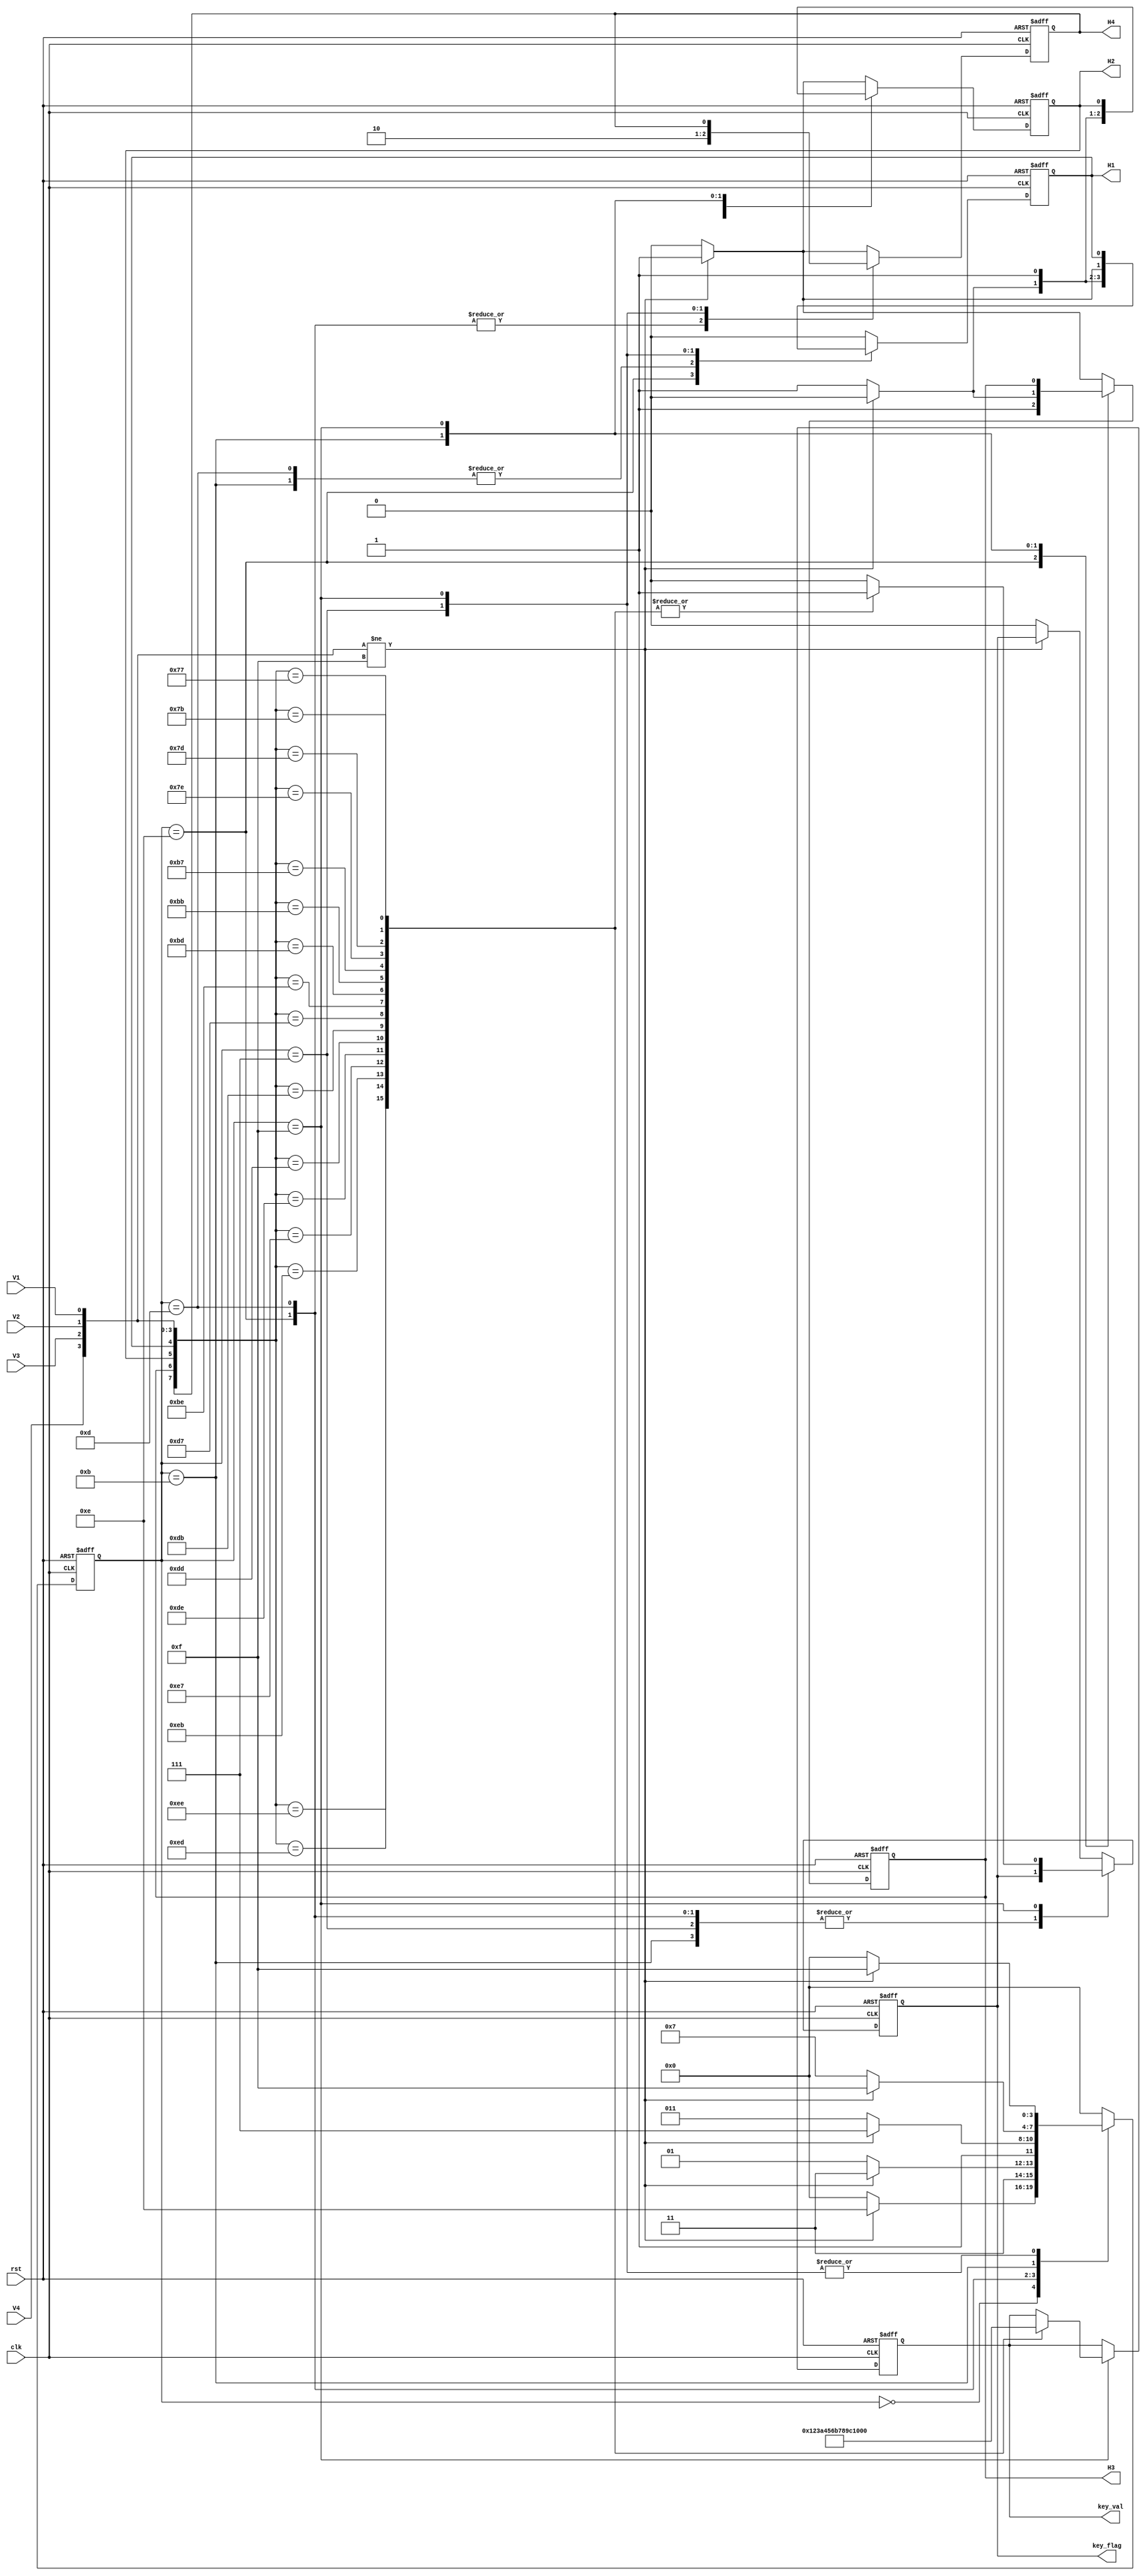
`timescale 1ns / 1ps
//////////////////////////////////////////////////////////////////////////////////
// Company: 
// Engineer: 
// 
// Design Name: 
// Module Name: Key_Driver
// Project Name: 
// Target Devices: 
// Tool Versions: 
// Description: 
// 
// Dependencies: 
// 
// Revision:
// Revision 0.01 - File Created
// Additional Comments:
// 
//////////////////////////////////////////////////////////////////////////////////


module Key_Driver(
    input   wire        clk, //250Hz
    input   wire        rst,
    input   wire        V1,V2,V3,V4,
    output  reg         H1,H2,H3,H4,
    output  reg [3:0]   key_val,
    output  reg         key_flag
);
wire rst_n = ~rst;
//?
wire key_clk  = clk;

//62.5Hz FreqDiv
//reg [1:0] cnt; 
//always @ (posedge clk, negedge rst_n)
//  if (!rst_n)
//    cnt <= 0;
//  else
//    cnt <= cnt + 1'b1;
//wire key_clk = cnt[1];  //62.5Hz

//100MHz test
//reg [20:0] cnt;
//always @ (posedge clk, negedge rst_n)
//  if (!rst_n)
//    cnt <= 0;
//  else
//    cnt <= cnt + 1'b1;
//wire key_clk = cnt[20];  //62.5Hz

//?
parameter SCAN_H1      = 4'b1110;  // ?1?
parameter SCAN_H2      = 4'b1101;  // ?2?
parameter SCAN_H3      = 4'b1011;  // ?3?
parameter SCAN_H4      = 4'b0111;  // ?4?
parameter NO_KEY_PRESSED = 4'b0000;  //  
parameter KEY_PRESSED    = 4'b1111;  // ?

reg [3:0] current_state, next_state;

//??
always @ (posedge key_clk, negedge rst_n)
  if (!rst_n)
    current_state <= NO_KEY_PRESSED;
  else
    current_state <= next_state;

// 
always @(current_state,V4,V3,V2,V1)
  case (current_state)
    NO_KEY_PRESSED :                    // 
        if ({V4,V3,V2,V1} != 4'b1111)
          next_state <= SCAN_H1;
        else
          next_state <= NO_KEY_PRESSED;
    SCAN_H1 :                         // ?1?
        if ({V4,V3,V2,V1} != 4'b1111)
          next_state <= KEY_PRESSED;
        else
          next_state <= SCAN_H2;
    SCAN_H2 :                         // ?2? 
        if ({V4,V3,V2,V1} != 4'b1111)
          next_state <= KEY_PRESSED;
        else
          next_state <= SCAN_H3;    
    SCAN_H3 :                         // ?3?
        if ({V4,V3,V2,V1} != 4'b1111)
          next_state <= KEY_PRESSED;
        else
          next_state <= SCAN_H4;
    SCAN_H4 :                         // ?4?
        if ({V4,V3,V2,V1} != 4'b1111)
          next_state <= KEY_PRESSED;
        else
          next_state <= NO_KEY_PRESSED;
    KEY_PRESSED :                       // ?
        if ({V4,V3,V2,V1} != 4'b1111)
          next_state <= KEY_PRESSED;
        else
          next_state <= NO_KEY_PRESSED;  
	default:
		next_state <= NO_KEY_PRESSED;
  endcase
   
//
 always @ (posedge key_clk, negedge rst_n)
    if (!rst_n)
    begin
      {H4,H3,H2,H1} <= 4'b0000;
      key_flag <= 0;
      key_val <= 4'h0;
    end 
    else
      case (current_state)
        NO_KEY_PRESSED :                  // 
            if({V4,V3,V2,V1} != 4'b1111)
                {H4,H3,H2,H1} <= 4'b1110;
            else
                begin
                {H4,H3,H2,H1} <= 4'b0000;
                key_flag <= 0;       // ?
                end    
        SCAN_H1 :                       // ?0?
            if({V4,V3,V2,V1} != 4'b1111)
                {H4,H3,H2,H1} <= 4'b1110;
            else
                {H4,H3,H2,H1} <= 4'b1101;    
        SCAN_H2 :                      // ?1?
            if({V4,V3,V2,V1} != 4'b1111)                   
                  {H4,H3,H2,H1} <= 4'b1101;    
            else  
                  {H4,H3,H2,H1} <= 4'b1011; 
        SCAN_H3 :                       // ?2?
             if({V4,V3,V2,V1} != 4'b1111)                   
                  {H4,H3,H2,H1} <= 4'b1011;    
             else  
                  {H4,H3,H2,H1} <= 4'b0111;  
        SCAN_H4 :                       // ?3?
            if({V4,V3,V2,V1} != 4'b1111)                   
                 {H4,H3,H2,H1} <= 4'b0111;    
            else  
                 {H4,H3,H2,H1} <= 4'b0000;     
        KEY_PRESSED :                     // ?
            begin              
                case ({H4,H3,H2,H1,V4,V3,V2,V1})
                    8'b1110_1110 :  begin      key_val <= 4'h1;  key_flag <= 1'b1; end
                    8'b1110_1101 :  begin      key_val <= 4'h2;  key_flag <= 1'b1; end
                    8'b1110_1011 :  begin      key_val <= 4'h3;  key_flag <= 1'b1; end
                    8'b1110_0111 :  begin      key_val <= 4'hA;  key_flag <= 1'b1; end
                                    
                    8'b1101_1110 :  begin      key_val <= 4'h4;  key_flag <= 1'b1; end
                    8'b1101_1101 :  begin      key_val <= 4'h5;  key_flag <= 1'b1; end
                    8'b1101_1011 :  begin      key_val <= 4'h6;  key_flag <= 1'b1; end
                    8'b1101_0111 :  begin      key_val <= 4'hB;  key_flag <= 1'b1; end
                                   
                    8'b1011_1110 :  begin      key_val <= 4'h7;  key_flag <= 1'b1; end
                    8'b1011_1101 :  begin      key_val <= 4'h8;  key_flag <= 1'b1; end
                    8'b1011_1011 :  begin      key_val <= 4'h9;  key_flag <= 1'b1; end
                    8'b1011_0111 :  begin      key_val <= 4'hC;  key_flag <= 1'b1; end
                                    
                    8'b0111_1110 :  begin      key_val <= 4'h0;  key_flag <= 1'b1; end
                    8'b0111_1101 :  begin      key_val <= 4'hF;  key_flag <= 1'b1; end
                    8'b0111_1011 :  begin      key_val <= 4'hE;  key_flag <= 1'b1; end
                    8'b0111_0111 :  begin      key_val <= 4'hD;  key_flag <= 1'b1; end
                   default:         begin      key_val <=key_val;key_flag <= 1'b0; end
                       
              endcase
              
            end
		default:
			if({V4,V3,V2,V1} != 4'b1111)
                {H4,H3,H2,H1} <= 4'b1110;
            else
                begin
					{H4,H3,H2,H1} <= 4'b0000;
					key_flag <= 0;       // ?
                end 
      endcase
endmodule